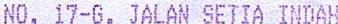
NO. 17-G, JALAN SETIA INDAH